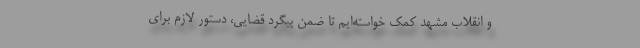
و انقلاب مشهد کمک خواسته‌ایم تا ضمن پیگرد قضایی، دستور لازم برای